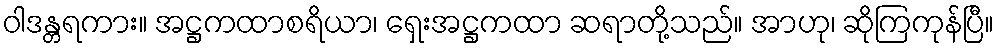
ဝါဒန္တရကား။ အဋ္ဌကထာစရိယာ၊ ရှေးအဋ္ဌကထာ ဆရာတို့သည်။ အာဟု၊ ဆိုကြကုန်ပြီ။